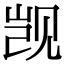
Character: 觊